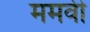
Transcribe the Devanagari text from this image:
ममवी